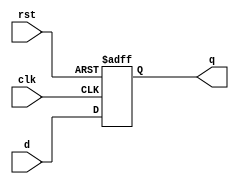
module d_ff
(
input d,
input clk,
input rst,
output q
    );

reg q;

always@(posedge clk or posedge rst)
begin
if(rst)
    q <= 1'b01;
else
    q <= d;
end    
endmodule